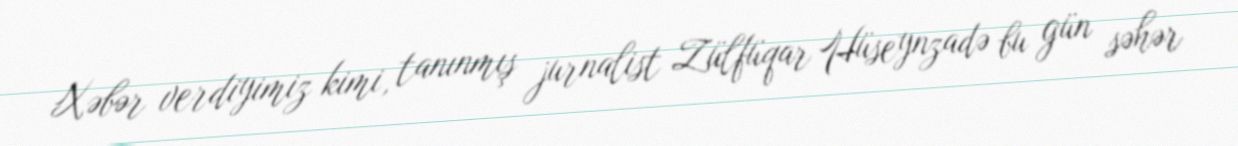
Xəbər verdiyimiz kimi, tanınmış jurnalist Zülfüqar Hüseynzadə bu gün səhər